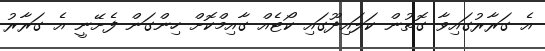
އެ ގަރާރުގައިވާ ގޮތުން ކަލައިދޫގައި ކޯޓެއް ގާއިމްކޮށް ހިންގަން ފެށޭނީ އެ ގަރާރު